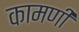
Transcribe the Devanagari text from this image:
कामणी